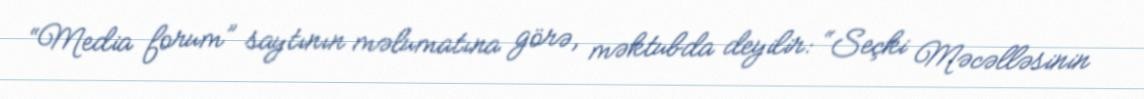
“Media forum” saytının məlumatına görə, məktubda deyilir: “Seçki Məcəlləsinin